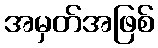
အမှတ်အဖြစ်